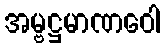
အမ္ဗဋ္ဌမာဏဝေါ